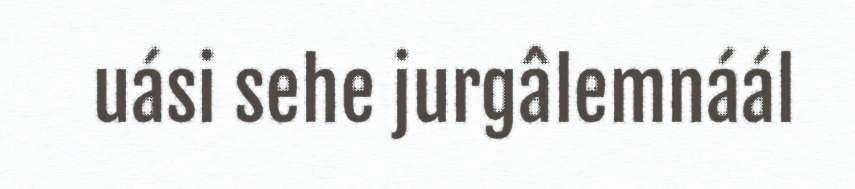
uási sehe jurgâlemnáál